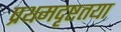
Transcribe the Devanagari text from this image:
प्रथमदृष्टतया